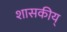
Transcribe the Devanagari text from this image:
शासकीय्